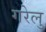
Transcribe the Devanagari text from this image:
गरेलु